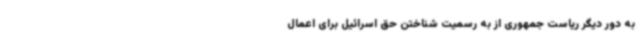
به دور دیگر ریاست جمهوری از به رسمیت شناختن حق اسرائیل برای اعمال